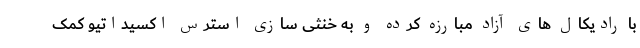
با رادیکال های آزاد مبارزه کرده و به خنثی سازی استرس اکسیداتیو کمک